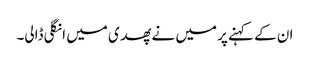
ان کے کہنے پر میں نے پھدی میں انگلی ڈالی۔